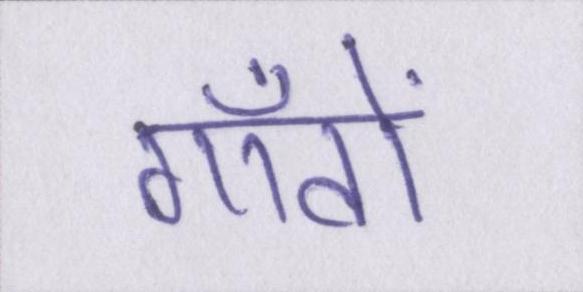
गाँवों